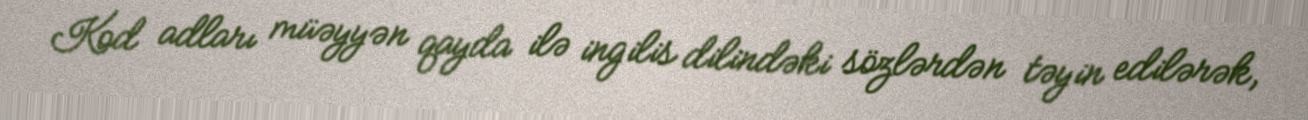
Kod adları müəyyən qayda ilə ingilis dilindəki sözlərdən təyin edilərək,